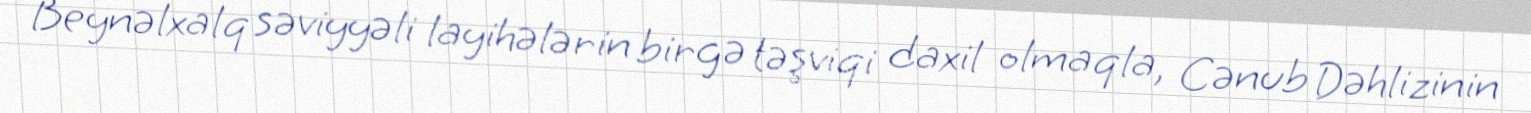
Beynəlxalq səviyyəli layihələrin birgə təşviqi daxil olmaqla, Cənub Dəhlizinin